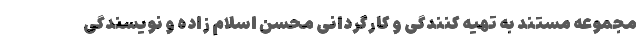
مجموعه مستند به تهیه کنندگی و کارگردانی محسن اسلام زاده و نویسندگی